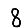
Digit: 8